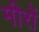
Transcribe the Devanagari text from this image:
मीरों